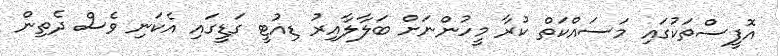
އޮފީސްތަކުގައި މަސައްކަތް ކުރާ މީހުންނަށް ބަލާލާއިރު ޑިއުޓީ ގަޑީގައި އެކަނި ވެސް ދެތިން